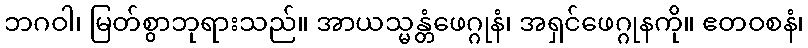
ဘဂဝါ၊ မြတ်စွာဘုရားသည်။ အာယသ္မန္တံဖေဂ္ဂုနံ၊ အရှင်ဖေဂ္ဂုနကို။ ဧတဝစနံ၊